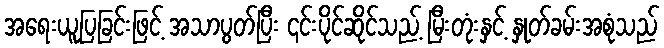
အရေးယူပြခြင်းဖြင့် အသာပွတ်ပြီး ၎င်းပိုင်ဆိုင်သည့် မြီးတုံးနှင့် နှုတ်ခမ်းအစုံသည်